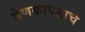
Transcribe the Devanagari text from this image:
मेणकापडाचं